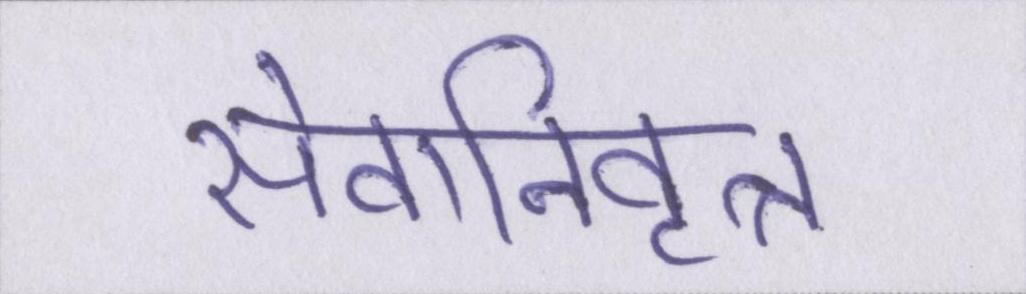
सेवानिवृत्त